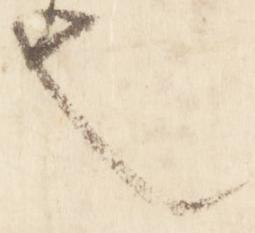
也